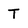
Character: T